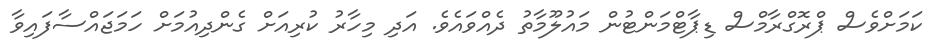
ކަމަށްވެސް ޕްރޮގްރާމްސް ޑިޕާޓްމަންޓުން މައުލޫމާތު ދެއްވައެވެ. އަދި މިހާރު ކުރިއަށް ގެންދިއުމަށް ހަމަޖައްސާފައިވާ